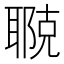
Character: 鿣